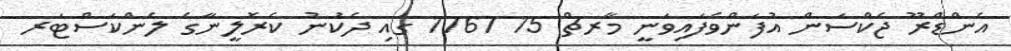
އެންޑްރޫ ޖެކްސަން އުފަންވެފައިވަނީ މާރޗް 15 1767 ގައި ދެކުނު ކެރޮލީނާގެ ލެންކަސްޓަރ